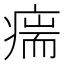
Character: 𰣵